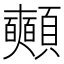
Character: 𩖃